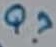
Text: Q?